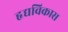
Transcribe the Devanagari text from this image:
हृद्यविकास